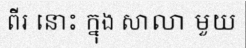
ពីរ នោះ ក្នុង សាលា មួយ